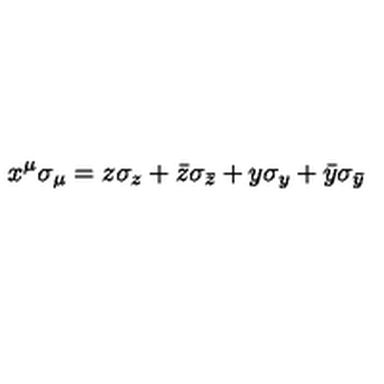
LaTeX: x ^ { \mu } \sigma _ { \mu } = z \sigma _ { z } + \bar { z } \sigma _ { \bar { z } } + y \sigma _ { y } + \bar { y } \sigma _ { \bar { y } }